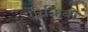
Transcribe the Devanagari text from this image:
एरिकिबो